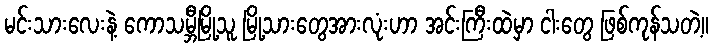
မင်းသားလေးနဲ့ ကောသမ္ဘီမြို့သူ မြို့သားတွေအားလုံးဟာ အင်းကြီးထဲမှာ ငါးတွေ ဖြစ်ကုန်သတဲ့။